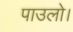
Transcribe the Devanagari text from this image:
पाउलो।